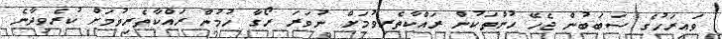
ވައިރަހުގެ ސަބަބުން ޖެހޭ ހުންތަކުން ރައްކާތެރިވުމަށް ނުވަރަ ރޯގާ ހުމުން ރައްކާތެރިވުމަށް ކުރެވިދާނެ